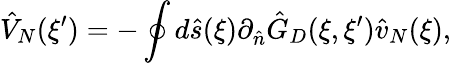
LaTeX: {\hat{V}_{N}}(\xi^{\prime})=-\oint{d}\hat{s}(\xi){\partial_{\hat{n}}}{\hat{G}_{D}}(\xi,\xi^{\prime}){\hat{v}_{N}}(\xi),